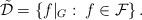
LaTeX: \begin{align*}\tilde{\mathcal{D}}=\left\{f|_G:\:f\in\mathcal{F}\right\}.\end{align*}